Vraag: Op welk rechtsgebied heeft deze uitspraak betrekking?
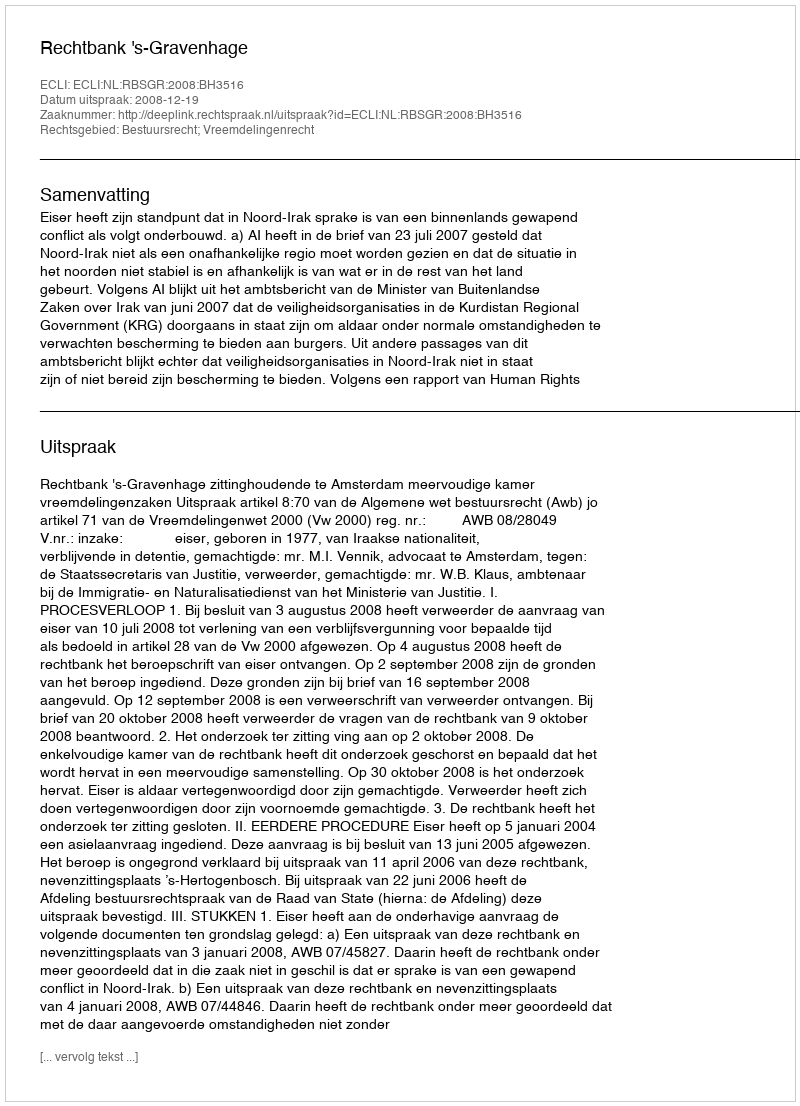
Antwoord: Bestuursrecht; Vreemdelingenrecht